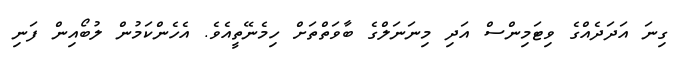
ގިނަ އަދަދެއްގެ ވިޓަމިންސް އަދި މިނަނަލްގެ ބާވަތްތަށް ހިމެނޭތީއެވެ. އެެހެންކަމުން ލުބޯއިން ފަނި